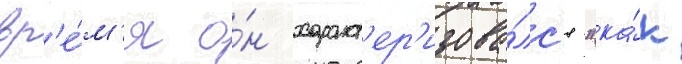
вр'е́м'я о́н характ'ер'изова́лс'я "ка́к